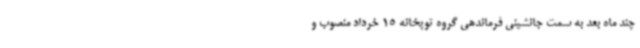
چند ماه بعد به سمت جانشینی فرماندهی گروه توپخانه 15 خرداد منصوب و